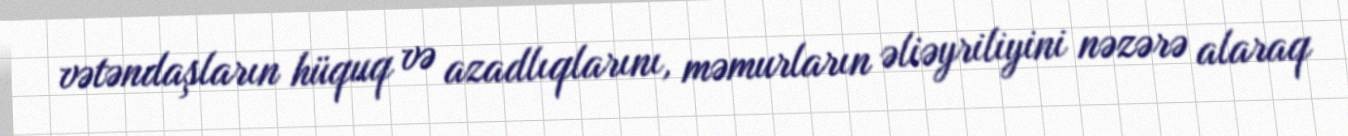
vətəndaşların hüquq və azadlıqlarını, məmurların əliəyriliyini nəzərə alaraq